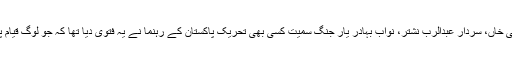
کیا قائد اعظم ، مولانا شبیر احمد عثمانی، لیاقت علی خاں، سردار عبدالرب نشتر، نواب بہادر یار جنگ سمیت کسی بھی تحریک پاکستان کے رہنما نے یہ فتویٰ دیا تھا کہ جو لوگ قیام پاکستان کی مخالفت کر رہے ہیں، وہ کافر ہو گئے۔